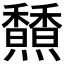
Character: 𩡢